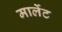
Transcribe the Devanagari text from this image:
मार्लेट